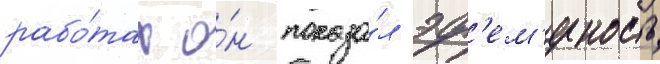
рабо́тах о́н показа́л эф'ем'ерность